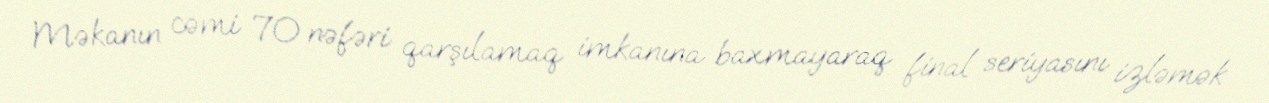
Məkanın cəmi 70 nəfəri qarşılamaq imkanına baxmayaraq final seriyasını izləmək